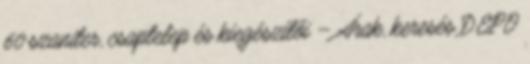
60 szaniter, csaptelep és kiegészítői – Árak, keresés DEPO